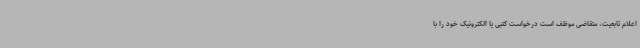
اعلام تابعیت، متقاضی موظف است درخواست کتبی یا الکترونیک خود را با